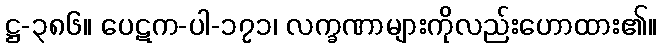
ဋ္ဌ-၃၈၆။ ပေဋက-ပါ-၁၇၁၊ လက္ခဏာများကိုလည်းဟောထား၏။